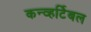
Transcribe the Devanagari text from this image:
कन्व्हर्टिबल